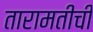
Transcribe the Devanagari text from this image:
तारामतीची